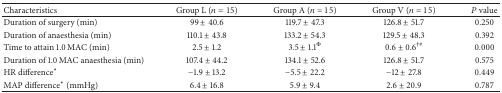
| Characteristics | Group L (n = 15) | Group A (n = 15) | Group V (n = 15) | P value |
 | --- | --- | --- | --- | --- |
 | Duration of surgery (min) | 99 ± 40.6 | 119.7 ± 47.3 | 126.8 ± 51.7 | 0.250 |
 | Duration of anaesthesia (min) | 110.1 ± 43.8 | 133.2 ± 54.3 | 129.5 ± 48.3 | 0.392 |
 | Time to attain 1.0 MAC (min) | 2.5 ± 1.2 | 3.5 ± 1.1Φ | 0.6 ± 0.6†# | 0.000 |
 | Duration of 1.0 MAC anaesthesia (min) | 107.4 ± 44.2 | 134.1 ± 52.6 | 126.8 ± 51.7 | 0.575 |
 | HR difference* | −1.9 ± 13.2 | −5.5 ± 22.2 | −12 ± 27.8 | 0.449 |
 | MAP difference* (mmHg) | 6.4 ± 16.8 | 5.9 ± 9.4 | 2.6 ± 20.9 | 0.787 |